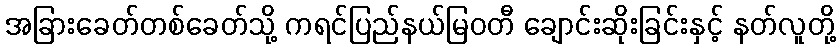
အခြားခေတ်တစ်ခေတ်သို့ ကရင်ပြည်နယ်မြဝတီ ချောင်းဆိုးခြင်းနှင့် နတ်လူတို့